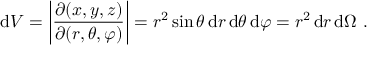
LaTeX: \mathrm { d } V = \left| { \frac { \partial ( x , y , z ) } { \partial ( r , \theta , \varphi ) } } \right| = r ^ { 2 } \sin \theta \, \mathrm { d } r \, \mathrm { d } \theta \, \mathrm { d } \varphi = r ^ { 2 } \, \mathrm { d } r \, \mathrm { d } \Omega ~ .